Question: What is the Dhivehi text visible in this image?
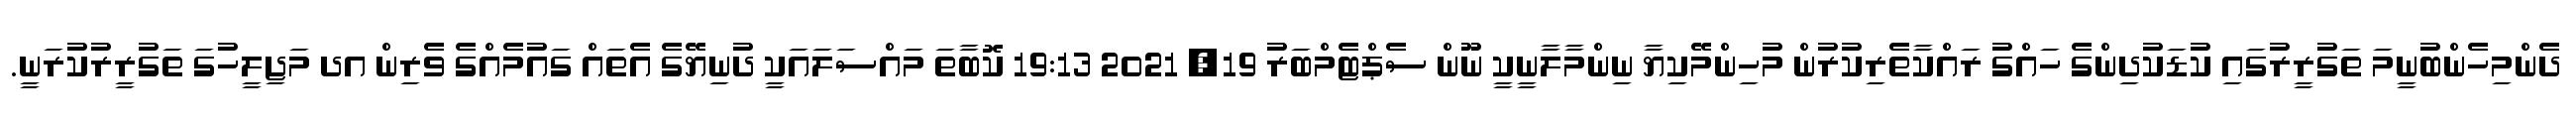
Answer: ދެންމިހެންބުނީމަ ތަގުރީރުގައި ކުޑަކުދިންގެ ހައްގު ރައްކާތެރިކުރުން މުހިންމޭކިޔާ ނިންމާލާނީކީ ނޫން ސެޕްޓެމްބަރު 19, 2021 19:13 ކޮބާތަ މައްސަލައަކީ ދުނިޔޭގެ އެތައް ގައުމެއްގެ ވެރިން އދ މަޖިލީހުގަ ތަގުރީރުކުރަނީ.